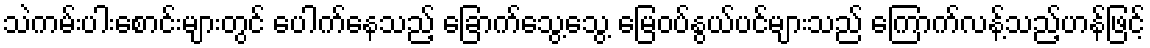
သဲကမ်းပါးစောင်းများတွင် ပေါက်နေသည့် ခြောက်သွေ့သွေ့ မြေဝပ်နွယ်ပင်များသည် ကြောက်လန့်သည့်ဟန်ဖြင့်